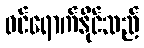
ဝင်ရောက်နိုင်သည်